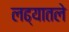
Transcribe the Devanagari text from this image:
लढ्यातले